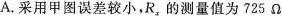
A.采用甲图误差较小，R_{x}的测量值为725Ω